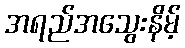
အရည်အသွေးနိမ့်